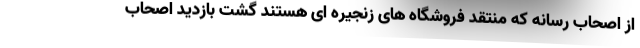
از اصحاب رسانه که منتقد فروشگاه های زنجیره ای هستند گشت بازدید اصحاب